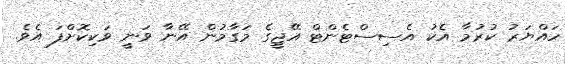
ހައްޔަރު ކުރުމާ އެކު އެސިސްޓެންޓް އޭޖީގެ މަގާމުން އޭނާ ވަނީ ވަކިކޮށްފަ އެވެ.